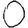
Digit: 0